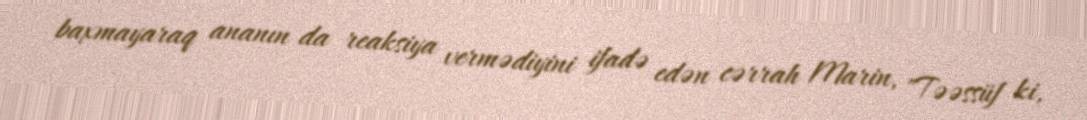
baxmayaraq ananın da reaksiya vermədiyini ifadə edən cərrah Marin, "Təəssüf ki,